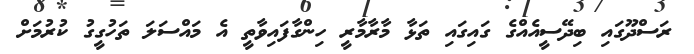
ރަސްދޫގައި ބިދޭސީއެއްގެ ގައިގައި ތަޅާ މާރާމާރީ ހިންގާފައިވާތީ އެ މައްސަލަ ތަހުގީގު ކުރުމަށް